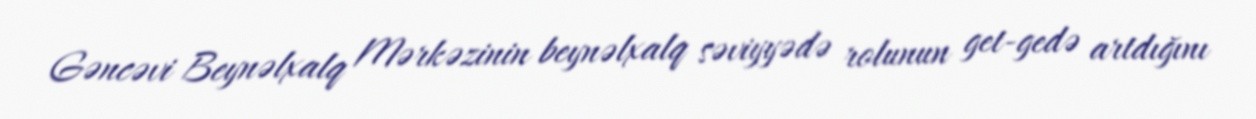
Gəncəvi Beynəlxalq Mərkəzinin beynəlxalq səviyyədə rolunun get-gedə artdığını